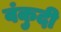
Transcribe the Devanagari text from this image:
वंकुदी